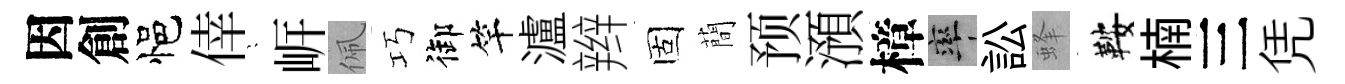
因創悒倖隠㟁佩巧御竿瀘辫固蕳预澦樟率訟蜂鞍楠三凭